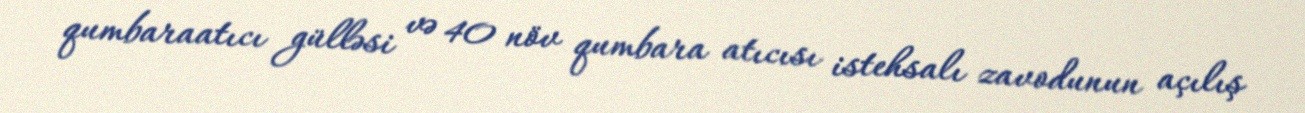
qumbaraatıcı gülləsi və 40 növ qumbara atıcısı istehsalı zavodunun açılış